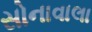
સોનાવાલા